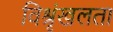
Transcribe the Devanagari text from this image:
विश्रृंखलता